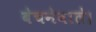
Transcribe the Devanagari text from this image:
बेचनेवाले।